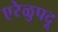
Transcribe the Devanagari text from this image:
एरेळुपदू